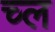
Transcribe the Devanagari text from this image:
च्ल